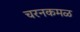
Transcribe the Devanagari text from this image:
चरनकमळ